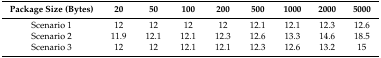
<table><thead><tr><td><b>Package Size (Bytes)</b></td><td><b>20</b></td><td><b>50</b></td><td><b>100</b></td><td><b>200</b></td><td><b>500</b></td><td><b>1000</b></td><td><b>2000</b></td><td><b>5000</b></td></tr></thead><tbody><tr><td>Scenario 1</td><td>12</td><td>12</td><td>12</td><td>12</td><td>12.1</td><td>12.1</td><td>12.3</td><td>12.6</td></tr><tr><td>Scenario 2</td><td>11.9</td><td>12.1</td><td>12.1</td><td>12.3</td><td>12.6</td><td>13.3</td><td>14.6</td><td>18.5</td></tr><tr><td>Scenario 3</td><td>12</td><td>12</td><td>12.1</td><td>12.1</td><td>12.3</td><td>12.6</td><td>13.2</td><td>15</td></tr></tbody></table>